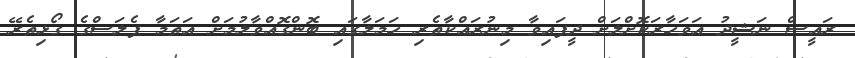
ރައީސް ނަޝީދު އަވަހާރަކޮށްލަށް ދީފައިވާ މިނުރައްކާތެރި ހަމަލާގައި ބޮންގޮއްވާލުމަށް އަތަމާ ޕެލަސްގެ ގޯޅިތެރޭ